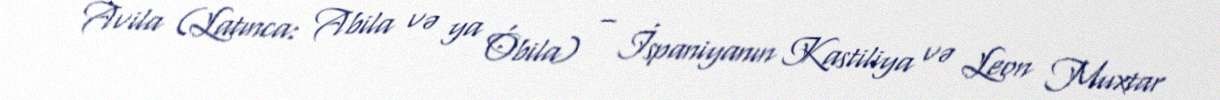
Avila (Latınca: Abila və ya Óbila) – İspaniyanın Kastiliya və Leon Muxtar